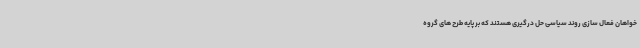
خواهان فعال سازی روند سیاسی حل درگیری هستند که بر پایه طرح های گروه